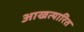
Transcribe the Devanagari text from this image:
आखत्यारित